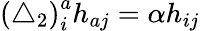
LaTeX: \left(\triangle_{2}\right)_{i}^{a}h_{aj}=\alpha h_{ij}